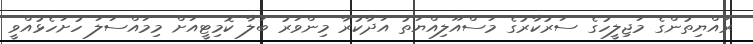
ރައްޔިތުންގެ މަޖިލީހުގެ ސަރުކާރުގެ މަސްއޫލިއްޔަތު އަދާކުރާ މިންވަރު ބަލާ ކޮމިޓީއަށް މިމައްސަލަ ހުށަހެޅުއްވީ